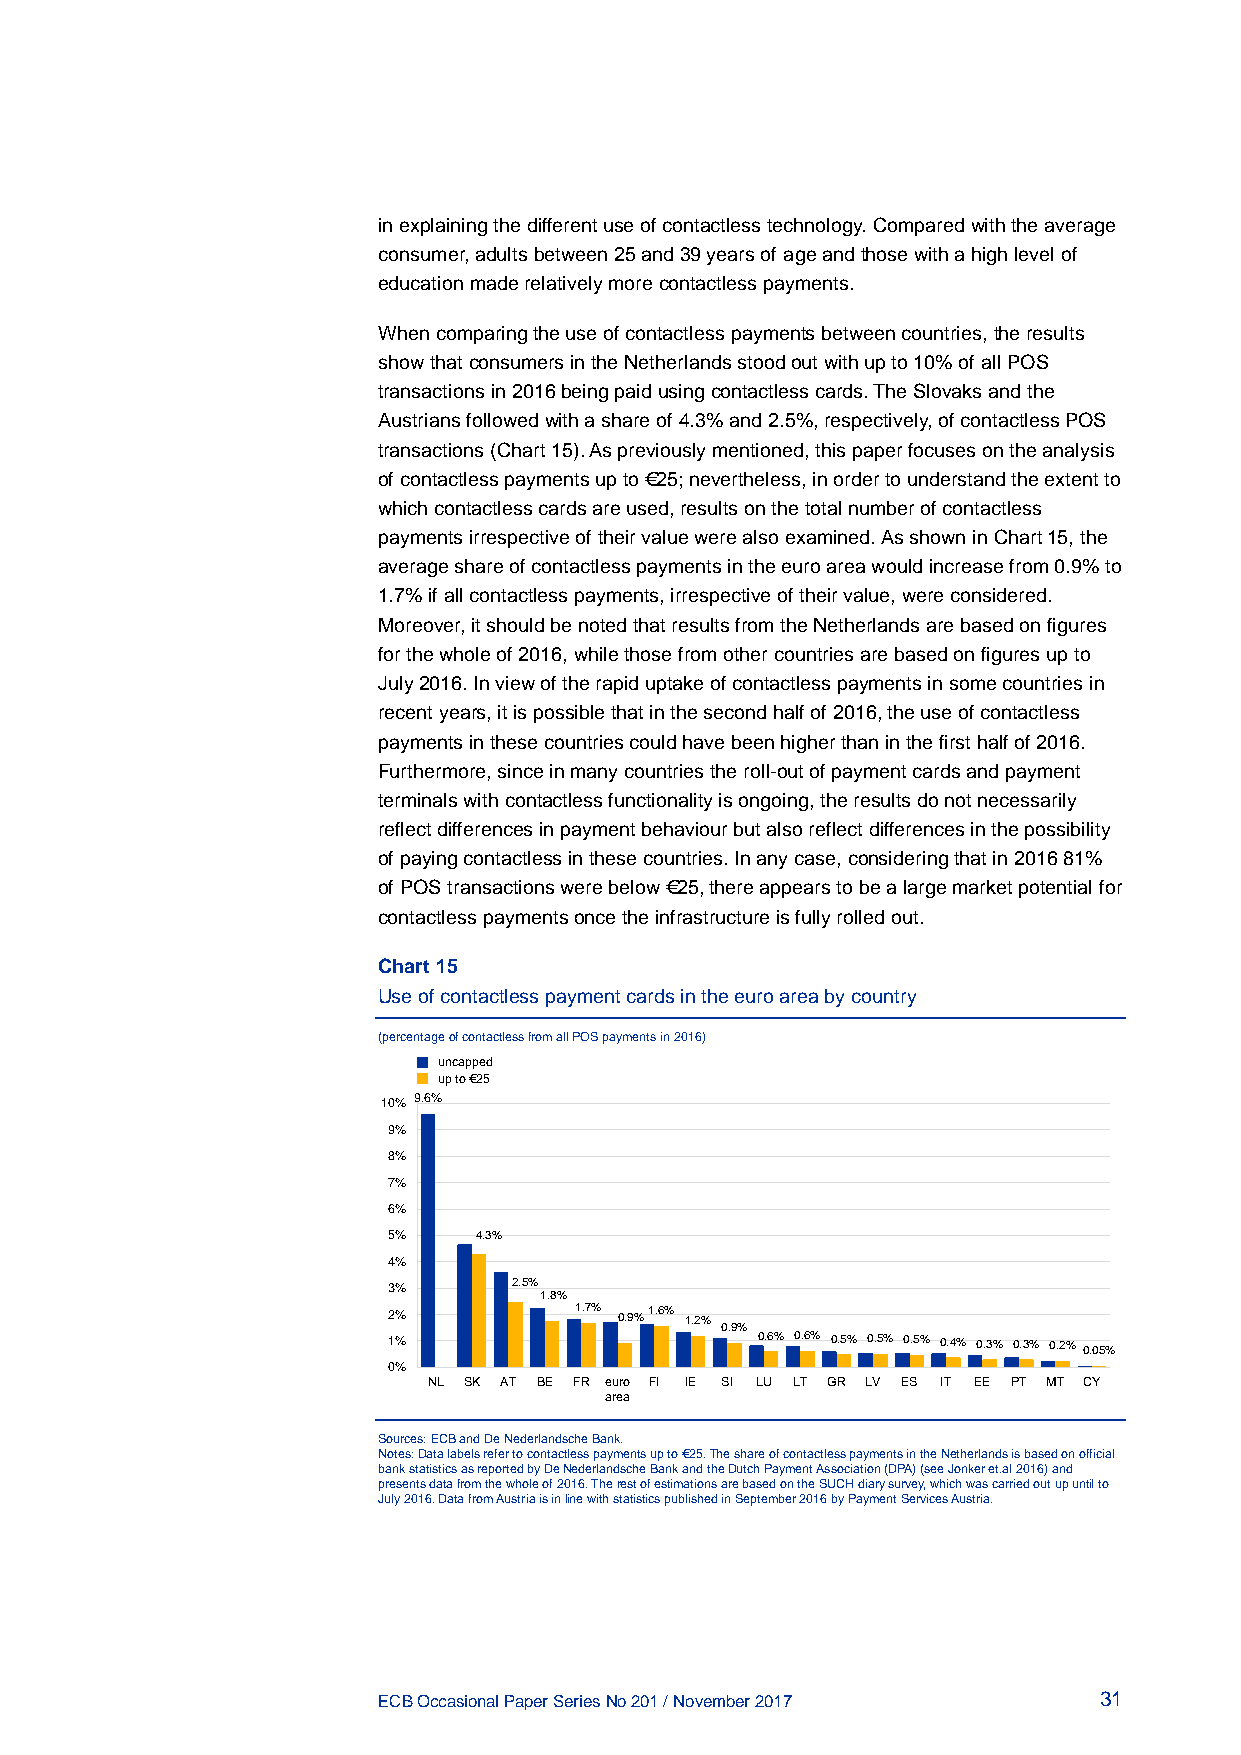
in explaining the different use of contactless technology. Compared with the average
 consumer, adults between 25 and 39 years of age and those with a high level of
 education made relatively more contactless payments.
 When comparing the use of contactless payments between countries, the results
 show that consumers in the Netherlands stood out with up to 10% of all POS
 transactions in 2016 being paid using contactless cards. The Slovaks and the
 Austrians followed with a share of 4.3% and 2.5%, respectively, of contactless POS
 transactions (Chart 15). As previously mentioned, this paper focuses on the analysis
 of contactless payments up to €25; nevertheless, in order to understand the extent to
 which contactless cards are used, results on the total number of contactless
 payments irrespective of their value were also examined. As shown in Chart 15, the
 average share of contactless payments in the euro area would increase from 0.9% to
 1.7% if all contactless payments, irrespective of their value, were considered.
 Moreover, it should be noted that results from the Netherlands are based on figures
 for the whole of 2016, while those from other countries are based on figures up to
 July 2016. In view of the rapid uptake of contactless payments in some countries in
 recent years, it is possible that in the second half of 2016, the use of contactless
 payments in these countries could have been higher than in the first half of 2016.
 Furthermore, since in many countries the roll-out of payment cards and payment
 terminals with contactless functionality is ongoing, the results do not necessarily
 reflect differences in payment behaviour but also reflect differences in the possibility
 of paying contactless in these countries. In any case, considering that in 2016 81%
 of POS transactions were below €25, there appears to be a large market potential for
 contactless payments once the infrastructure is fully rolled out.
 Chart 15
 Use of contactless payment cards in the euro area by country
 (percentage of contactless from all POS payments in 2016)
 uncapped
 up to €25
 10% 9.6%
 9%
 8%
 7%
 6%
 5%   4.3%
 4%
 3%      2.5%
 1.8%
 2%          1.7% 0.9%1.6% 1.2%
 0.9%
 1%                      0.6% 0.6% 0.5% 0.5% 0.5% 0.4% 0.3% 0.3% 0.2% 0.05%
 0%
 NL SK AT BE FR euro FI IE SI LU LT GR LV ES IT EE PT MT CY
 area
 Sources: ECB and De Nederlandsche Bank.
 Notes: Data labels refer to contactless payments up to €25. The share of contactless payments in the Netherlands is based on official
 bank statistics as reported by De Nederlandsche Bank and the Dutch Payment Association (DPA) (see Jonker et.al 2016) and
 presents data from the whole of 2016. The rest of estimations are based on the SUCH diary survey, which was carried out up until to
 July 2016. Data from Austria is in line with statistics published in September 2016 by Payment Services Austria.
 ECB Occasional Paper Series No 201 / November 2017 31